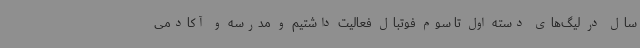
سال در لیگ‌های دسته اول تا سوم فوتبال فعالیت داشتیم و مدرسه و آکادمی